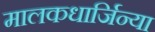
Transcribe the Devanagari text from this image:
मालकधार्जिन्या